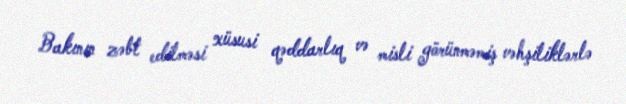
Bakının zəbt edilməsi xüsusi qəddarlıq və misli görünməmiş vəhşiliklərlə